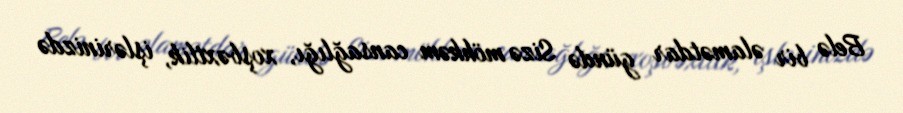
Belə bir əlamətdar gündə Sizə möhkəm cansağlığı, xoşbəxtlik, işlərinizdə